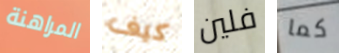
المراهنة كيف فلين كما